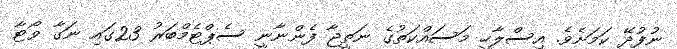
ނުފުދޭ ކަމަށެވެ. އިސްލާހީ މަސައްކަތުގެ ނަތީޖާ ފެންނާނީ ސެޕްޓެމްބަރު 23ގައި ނަގާ ވޯޓާ